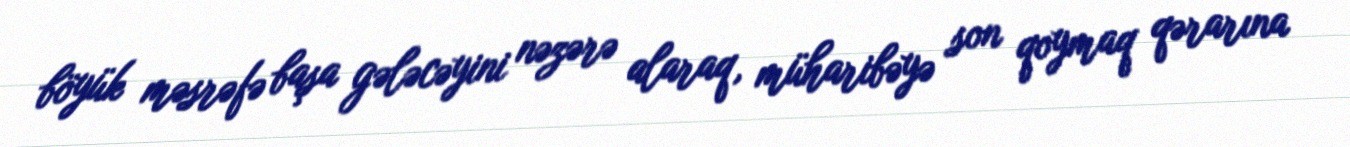
böyük məsrəfə başa gələcəyini nəzərə alaraq, müharibəyə son qoymaq qərarına